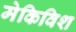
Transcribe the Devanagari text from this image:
मेकिविश